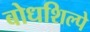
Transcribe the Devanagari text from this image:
बोधशिल्पे